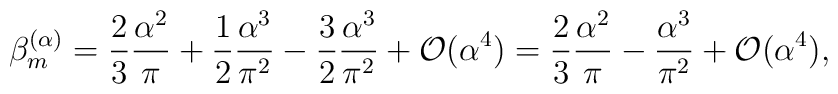
\beta^{(\alpha)}_m=\frac{2}{3} \frac{\alpha^2}{\pi} + \frac{1}{2}\frac{\alpha^3}{\pi^2} -\frac{3}{2} \frac{\alpha^3}{\pi^2} +{\cal O}(\alpha^4)=\frac{2}{3} \frac{\alpha^2}{\pi} -\frac{\alpha^3}{\pi^2} + {\cal  O}(\alpha^4),